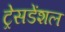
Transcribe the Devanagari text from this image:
ट्रेसडेंशल